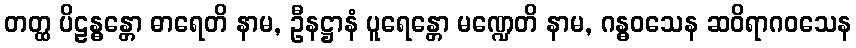
တတ္ထ ပိဠန္ဓန္တော ဓာရေတိ နာမ, ဦနဋ္ဌာနံ ပူရေန္တော မဏ္ဍေတိ နာမ, ဂန္ဓဝသေန ဆဝိရာဂဝသေန